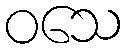
ဝသေ